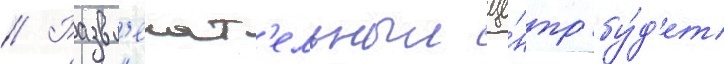
// Развл'екат'ельныи це́нтр бу́д'ет